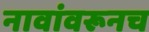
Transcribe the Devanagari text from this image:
नावांवरूनच